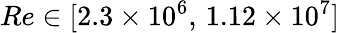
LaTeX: {Re}\in[2.3\times 10^{6},\, 1.12\times 10^{7}]